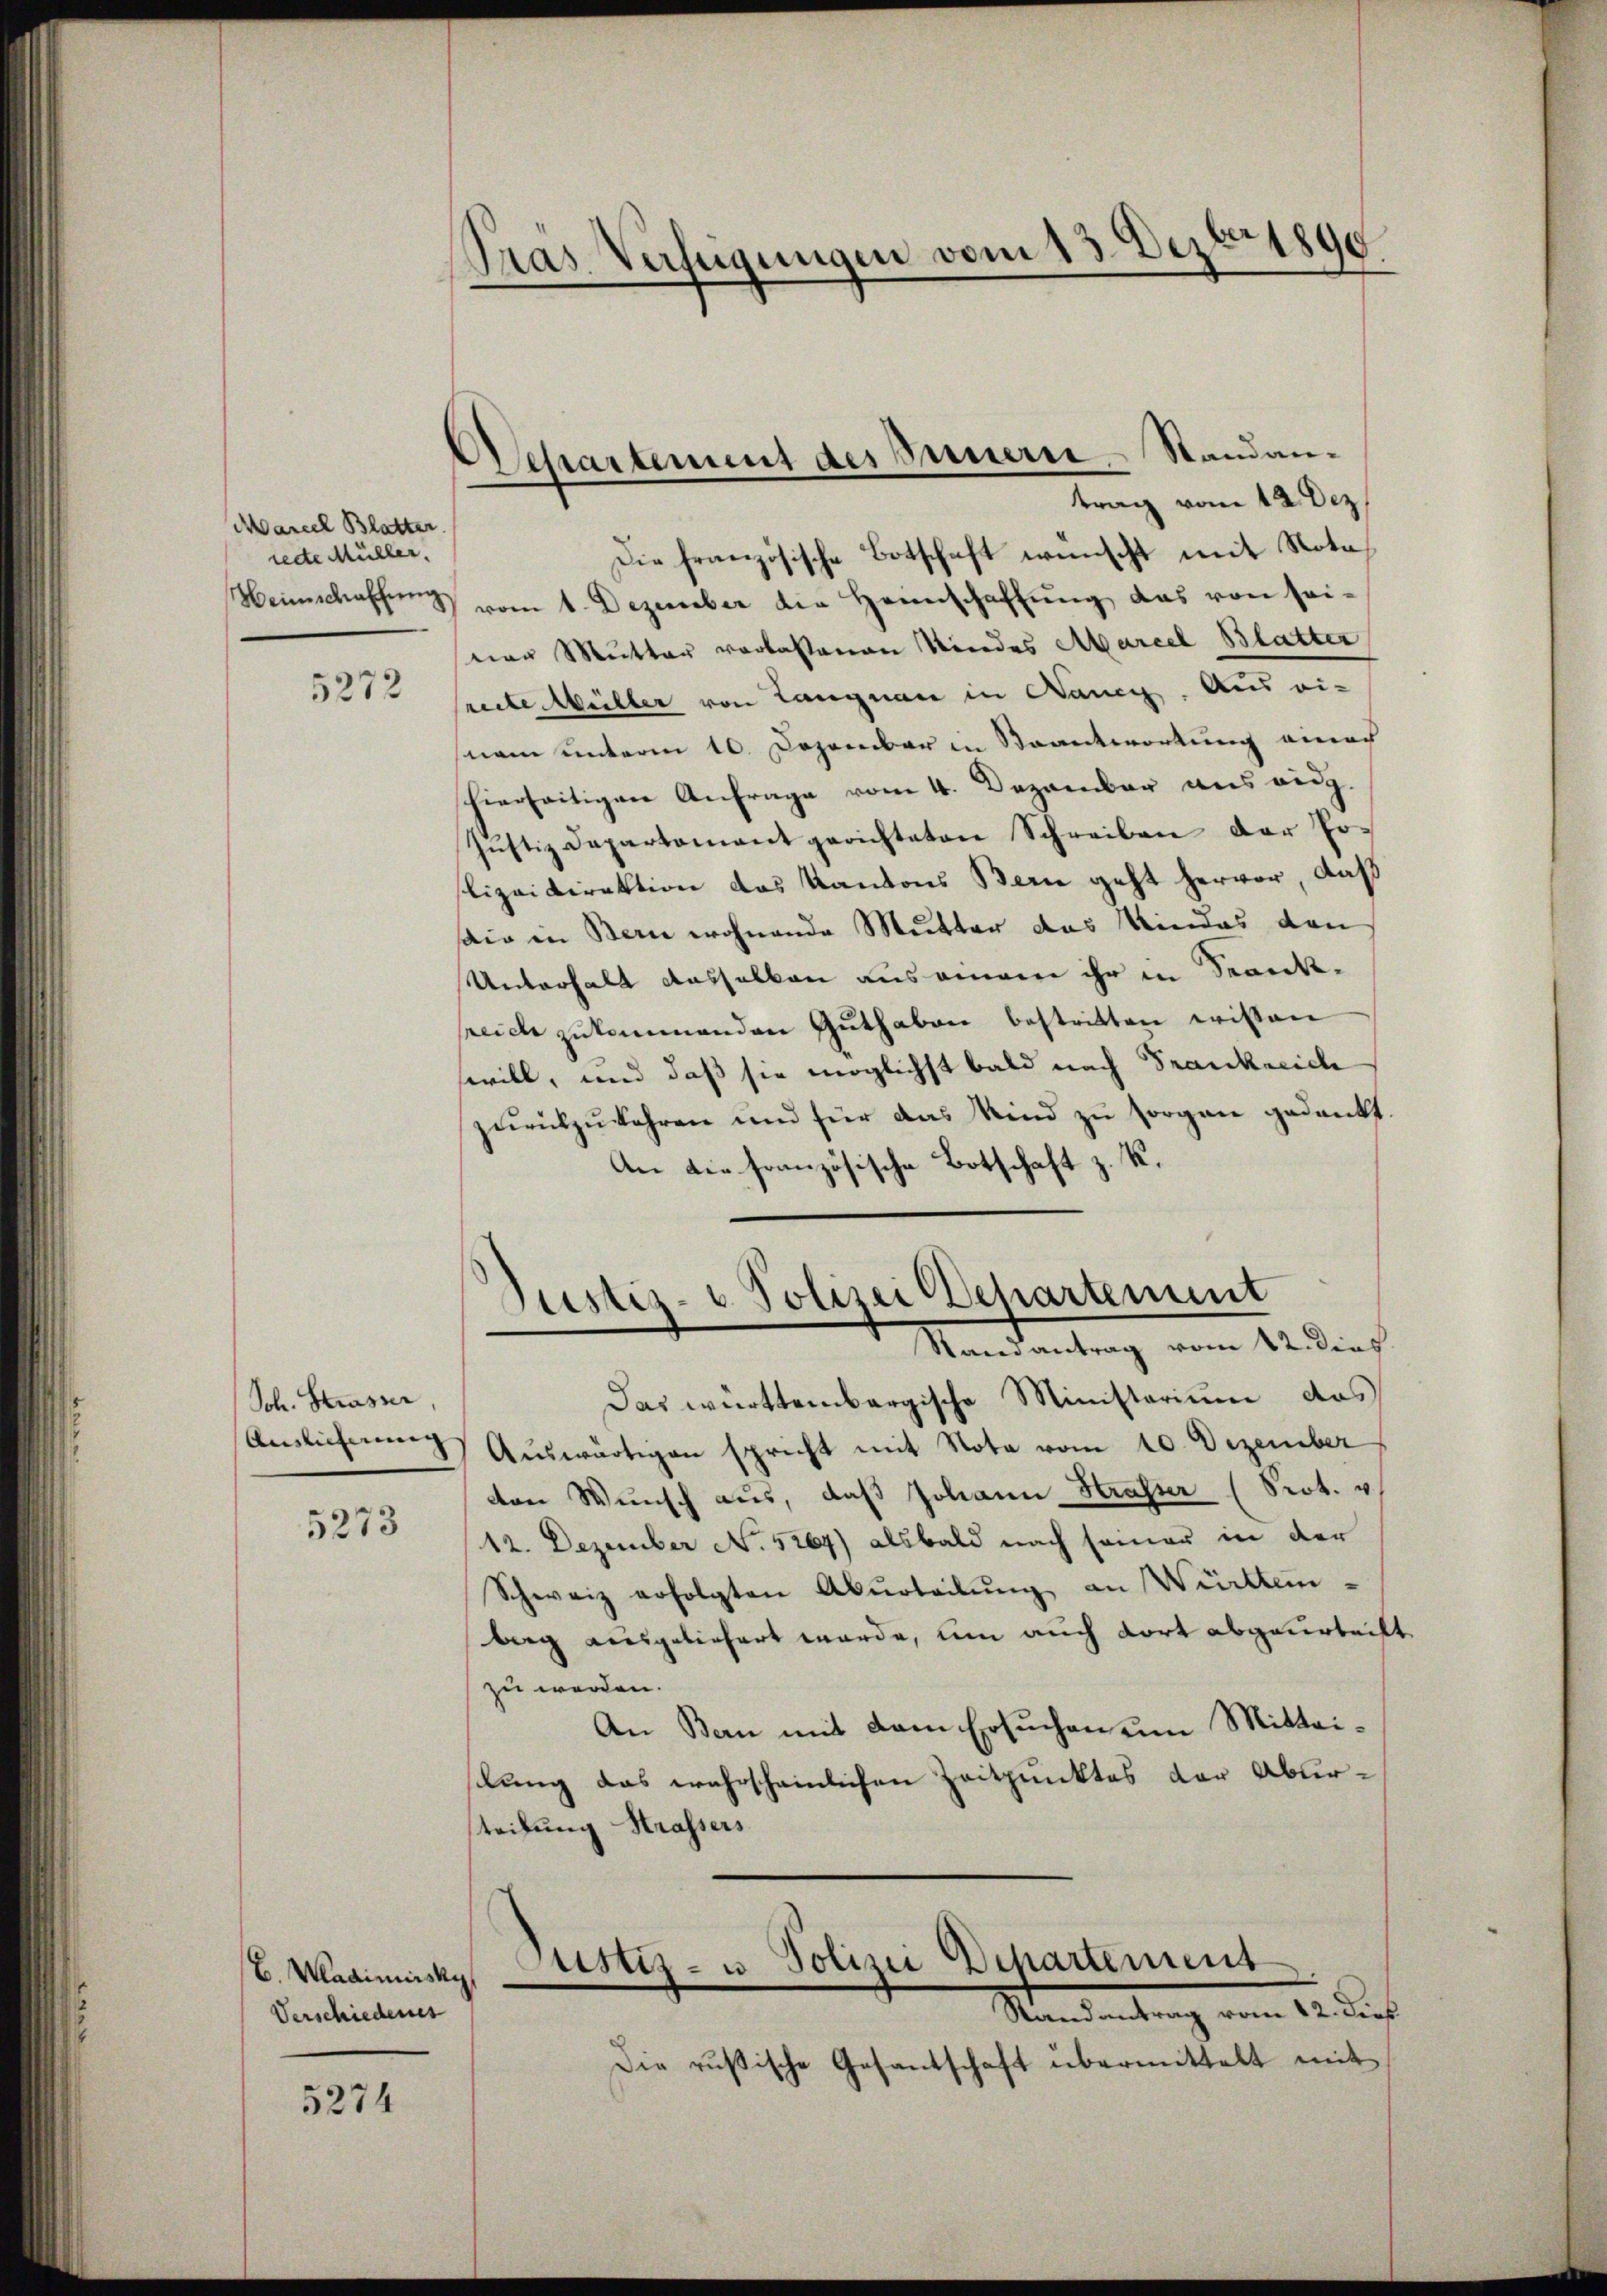
Marcel Blatter
rede Müller,
Weinschaffung.

5272

Joh. Strasser,
Auslicherung

5273

E. Wladimiskys
Verschiedenes

5274

Pras Verfügungen vom 13. Dezbr 1890

Departement des Innern Standantrag vom 12. Dez.

Die französische Botschaft wünscht mit Notavom 1. Dezember die Heimschaffung das von seiner Mutter vorlassenen Kindes Marcel Blatter
reite Müller von Langnau in Bancy. Aus ei-
nam unterm 10. Dezember in Saantwortung annoch
hierseitigen Anfrage vom 4. Dezember aus eidg.
Justiz Dapartement gerichteten Schreiben der Po¬
Lizeidirektion das Kantons Bern geht hervor, daß
sio in Bern wohnende Mutter das Kindes den
Unterhalt dasselben ausannam ihr in Krankreich zŭkommenden Guthaben bestritten wissen
swill, und daß sie möglichst bald nach Frankreich
zurückzukehren und für das Kind zu sorgen gedankt.
An die französische Botschaft z. K.

Justiz- & Polizei Departement
Randantrag vom 12. dies

Das württembergische Ministerium das
Aŭswärtigen spricht mit Nota vom 10. Dezember
von Wunsch aus, daß Johann Strasser (Prot. 4
12. Dezember No. 5264) alsbald nach seiner in der
Schweiz erfolgten Aburteilung an Württem-
berg ausgeliefert werde, um auch dort abgeurteilt
zu werden.
An Bern mit dem Ersuchen um Mitteistung das wahrscheinlichen Zeitpunktes der Abursteilung Strassers

Justiz- u Polizei Departement
e
Standentrag vom 15. Auf

Die rusische Gesantschaft übermittelt mit